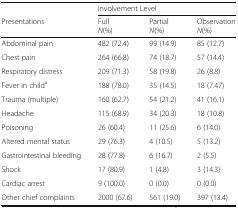
<table><thead><tr><td></td><td colspan="3"><b>Involvement Level</b></td></tr><tr><td><b>Presentations</b></td><td><b>Full<i>N</i>(%)</b></td><td><b>Partial<i>N</i>(%)</b></td><td><b>Observation<i>N</i>(%)</b></td></tr></thead><tbody><tr><td>Abdominal pain</td><td>482 (72.4)</td><td>99 (14.9)</td><td>85 (12.7)</td></tr><tr><td>Chest pain</td><td>264 (66.8)</td><td>74 (18.7)</td><td>57 (14.4)</td></tr><tr><td>Respiratory distress</td><td>209 (71.3)</td><td>58 (19.8)</td><td>26 (8.8)</td></tr><tr><td>Fever in child<sup>a</sup></td><td>188 (78.0)</td><td>35 (14.5)</td><td>18 (7.47)</td></tr><tr><td>Trauma (multiple)</td><td>160 (62.7)</td><td>54 (21.2)</td><td>41 (16.1)</td></tr><tr><td>Headache</td><td>115 (68.9)</td><td>34 (20.3)</td><td>18 (10.8)</td></tr><tr><td>Poisoning</td><td>26 (60.4)</td><td>11 (25.6)</td><td>6 (14.0)</td></tr><tr><td>Altered mental status</td><td>29 (76.3)</td><td>4 (10.5)</td><td>5 (13.2)</td></tr><tr><td>Gastrointestinal bleeding</td><td>28 (77.8)</td><td>6 (16.7)</td><td>2 (5.5)</td></tr><tr><td>Shock</td><td>17 (80.9)</td><td>1 (4.8)</td><td>3 (14.3)</td></tr><tr><td>Cardiac arrest</td><td>9 (100.0)</td><td>0 (0.0)</td><td>0 (0.0)</td></tr><tr><td>Other chief complaints</td><td>2000 (67.6)</td><td>561 (19.0)</td><td>397 (13.4)</td></tr></tbody></table>